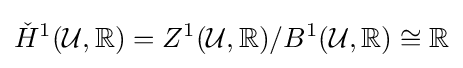
{\check {H}}^{1}({\mathcal {U}},\mathbb {R} )=Z^{1}({\mathcal {U}},\mathbb {R} )/B^{1}({\mathcal {U}},\mathbb {R} )\cong \mathbb {R}